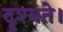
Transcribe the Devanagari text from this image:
दृश्यते।